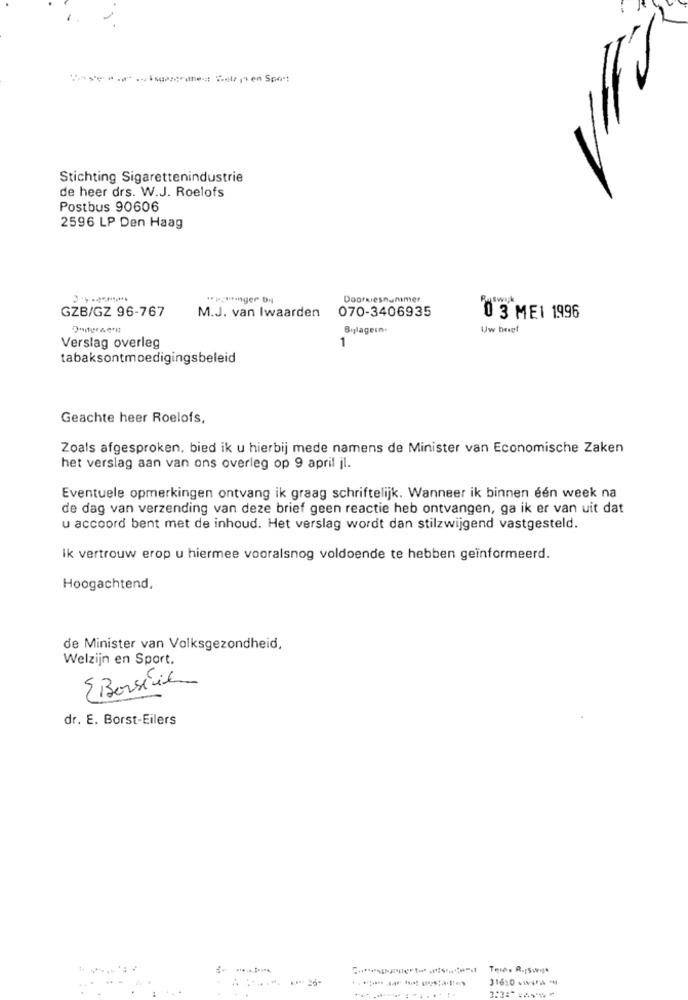
Stichting Sigarettenindustrie
de heer drs. W.J. Roelofs
Postbus 90606
2596 LP Den Haag
Doorkiesnummer
WSwijk
GZB/GZ 96-767
M.J. van Iwaarden
070-3406935
0 3 MEI 1996
Bylagetn.
Uw brief
1
Verslag overleg
tabaksontmoedigingsbeleid
Geachte heer Roelofs,
Zoals afgesproken, bied ik u hierbij mede namens de Minister van Economische Zaken
het verslag aan van ons overleg op 9 april jl.
Eventuele opmerkingen ontvang ik graag schriftelijk. Wanneer ik binnen één week na
de dag van verzending van deze brief geen reactie heb ontvangen, ga ik er van uit dat
u accoord bent met de inhoud. Het verslag wordt dan stilzwijgend vastgesteld.
Ik vertrouw erop u hiermee vooralsnog voldoende te hebben geïnformeerd.
Hoogachtend,
de Minister van Volksgezondheid,
Welzijn en Sport.
EBorseil
dr. E. Borst-Eilers
316:0 +wyra -